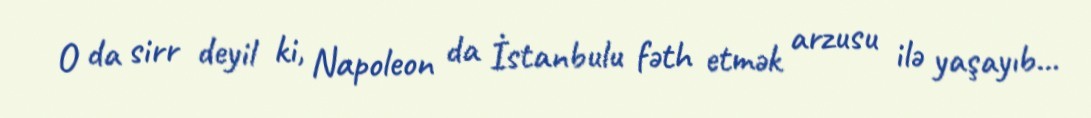
O da sirr deyil ki, Napoleon da İstanbulu fəth etmək arzusu ilə yaşayıb...